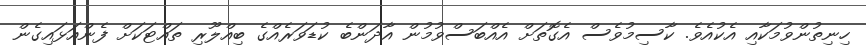
ހިނިތުންވުމަކާއި އެކުއެވެ. ކާސިމުވެސް އެގޮތަށް އެއްބަސްވުމުން އާދަންބެ ކުޑަވަރެއްގެ ބިއްލޫރި ތައްޓަކަށް ފެންއަޅައިގެން